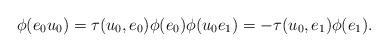
LaTeX: \begin{align*}\phi(e_0u_0) = \tau(u_0,e_0) \phi(e_0) \phi(u_0e_1) = -\tau(u_0,e_1) \phi(e_1).\end{align*}